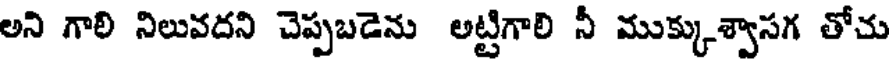
అని గాలి నిలువదని చెప్పబడెను అట్టిగాలి నీ ముక్కుశ్వాసగ తోచు